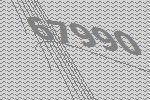
67990